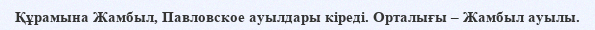
Құрамына Жамбыл, Павловское ауылдары кіреді. Орталығы – Жамбыл ауылы.